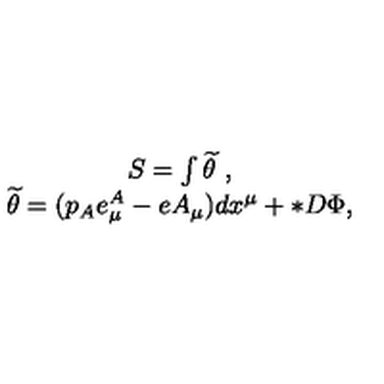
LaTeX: \begin{array} { c } { S = \int \widetilde { \theta } \ , } \\ { \widetilde { \theta } = ( p _ { A } e _ { \mu } ^ { A } - e A _ { \mu } ) d x ^ { \mu } + * D \Phi , } \\ \end{array}